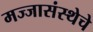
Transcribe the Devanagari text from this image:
मज्जासंस्थेचे